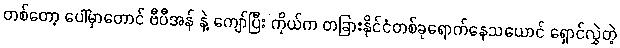
တစ်တော့ ပေါ်မှာတောင် ဗီပီအန် နဲ့ ကျော်ပြီး ကိုယ်က တခြားနိုင်ငံတစ်ခုရောက်နေသယောင် ရှောင်လွှဲတဲ့